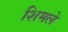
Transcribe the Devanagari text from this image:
शिमले